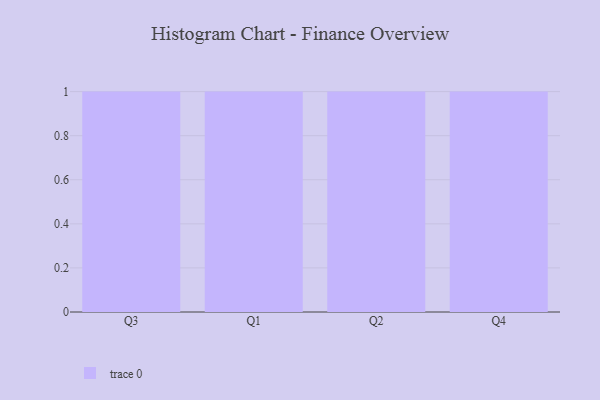
{"axis": {"x": "Quarter", "y": "Budget (USD K)"}, "legend": [""], "data": [{"x": "Q3", "y": 88, "type": ""}, {"x": "Q1", "y": 22, "type": ""}, {"x": "Q2", "y": 89, "type": ""}, {"x": "Q4", "y": 10, "type": ""}]}